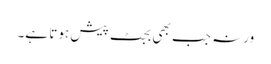
ورنہ جب بھی بجٹ پیش ہوتا ہے۔